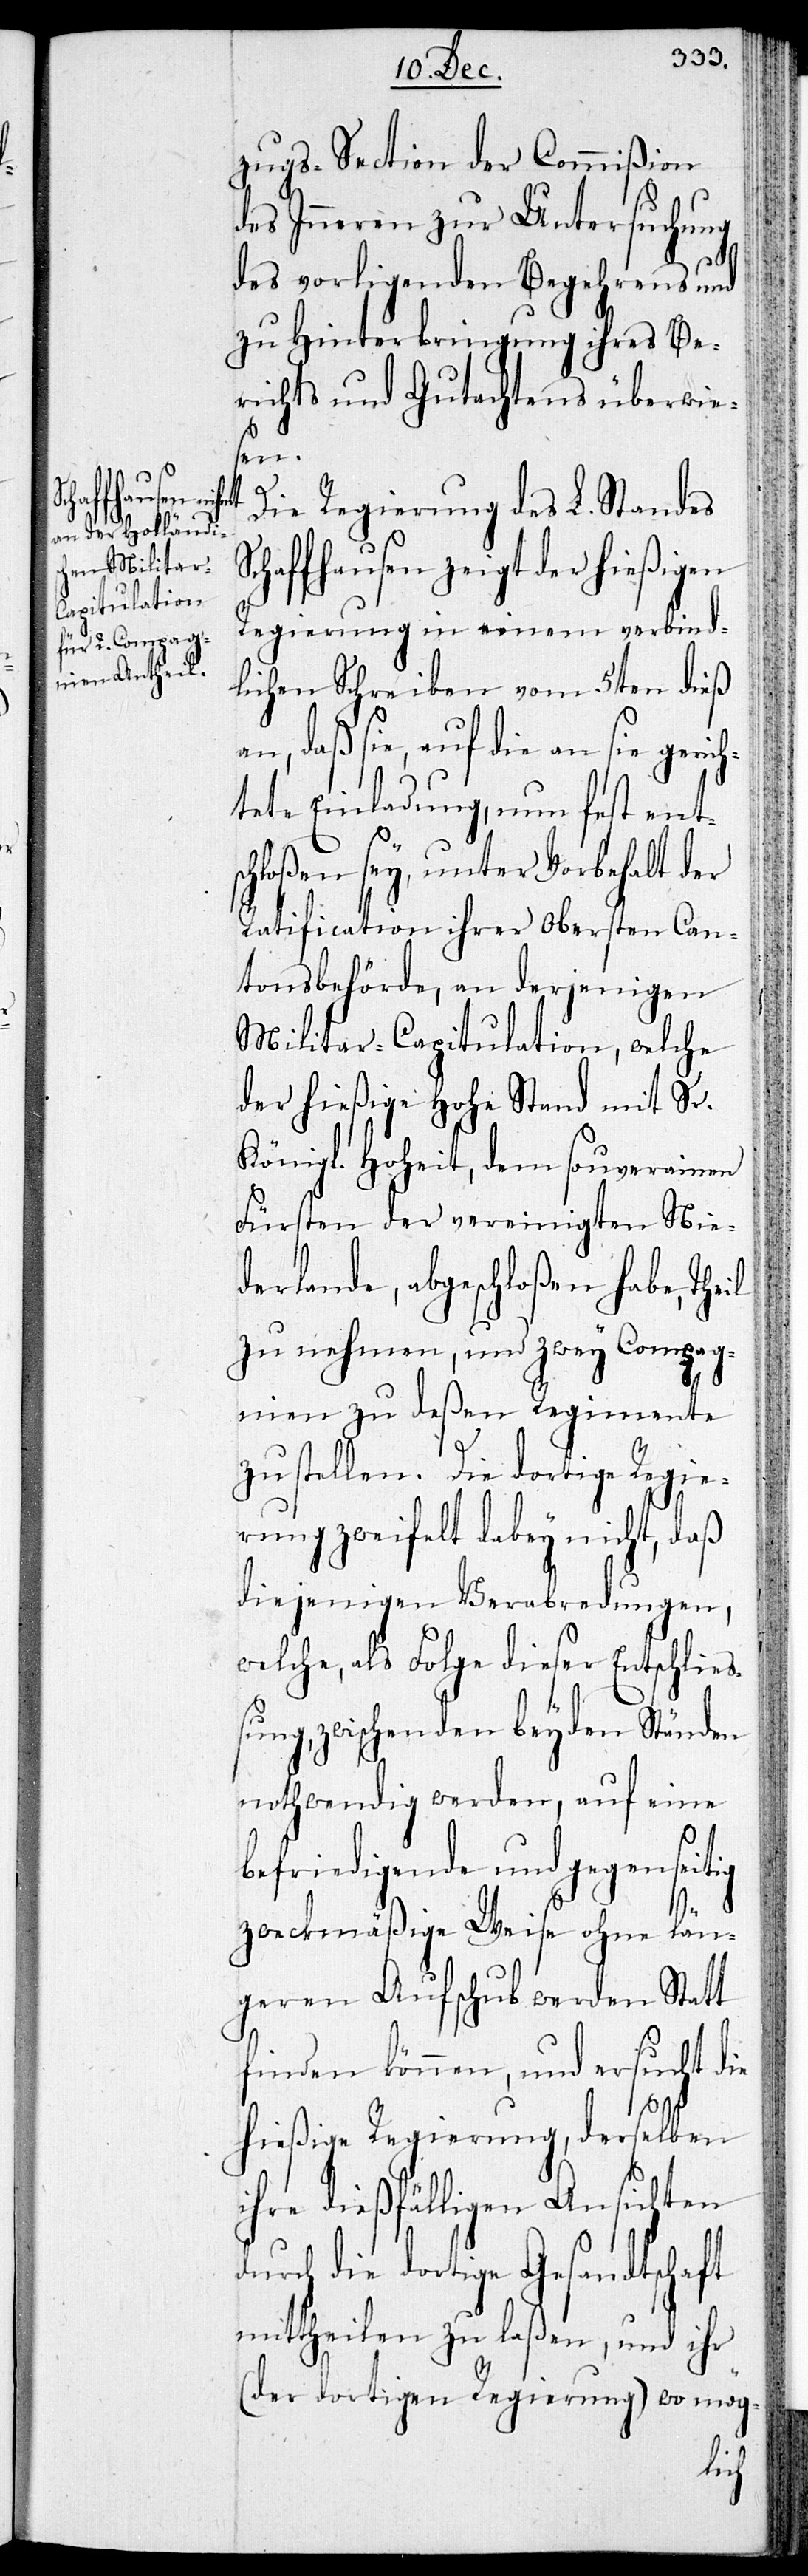
zugs-Section der Commißion
des Inneren zur Untersuchung
des vorligenden Begehrens und
zu Hinterbringung ihres Be¬
richts und Gutachtens überwie¬
sen.
Die Regierung des L. Standes
affhausen zeigt der hießigen
Regierung in einem verbind¬
lichen Schreiben vom 5ten dieß
an, daß sie, auf die an sie gerich¬
tete Einladung, nun fest ents¬
chloßen sey, unter Vorbehalt der
Ratification ihrer obersten Can¬
tonsbehörde, an derjenigen
Militar-Capitulation, welche
der hießige Hohe Stand mit Sr.
Königl. Hoheit, dem souverainen
Fürsten der vereinigten Nie¬
derlande, abgeschloßen habe, Theil
zu nehmen, und zwey Compag¬
nien zu deßen Regimente
zu stellen. Die dortige Regie¬
rung zweifelt dabey nicht, daß
diejenigen Verabredungen,
welche, als Folge dieser Entschlie¬
ßung, zwischen den beyden Ständen
nothwendig werden, auf eine
befriedigende und gegenseitig
zweckmäßige Weise ohne län¬
geren Aufschub werden Statt
finden können, und ersucht die
hießige Regierung, derselben
ihre dießfälligen Ansichten
durch die dortige Gesandtschaft
mittheilen zu laßen, und ihr
(der dortigen Regierung) wo mög-
Sch¬